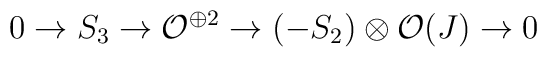
0\rightarrow S_3\rightarrow {\cal O}^{\oplus 2}\rightarrow(-S_2)\otimes{\cal O}(J)\rightarrow 0